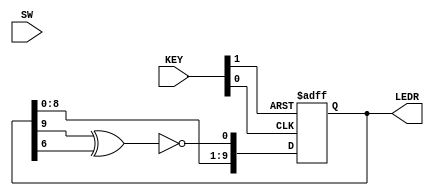
module lfsr10bit(KEY, SW, LEDR);

input   [1:0]   KEY;
input   [9:0]   SW;
output  [9:0]   LEDR;

reg     [9:0]   lfsr;

wire            clk = KEY[0];
wire            rst_n = KEY[1];

wire    lfsr_lsb = ~(lfsr[9] ^ lfsr[6]);

assign LEDR = lfsr;

always @(posedge clk, negedge rst_n) begin
    if (~rst_n) begin
        lfsr <= 0;
    end else begin
        lfsr <= {lfsr[8:0], lfsr_lsb};
    end
end

endmodule